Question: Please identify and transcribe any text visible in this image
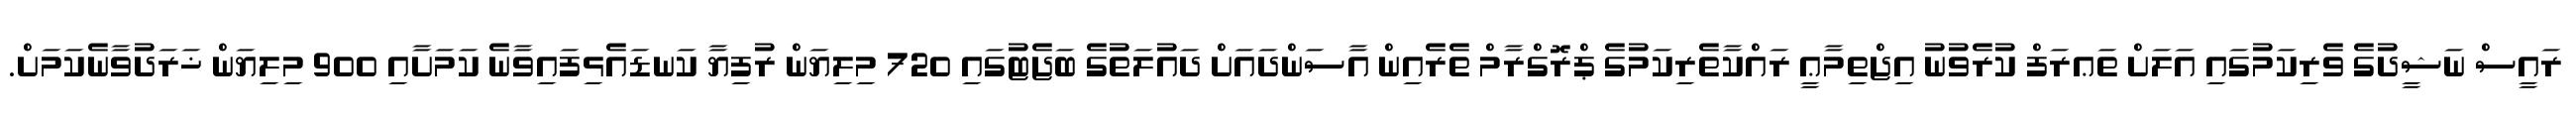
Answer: ރައީސް ނަޝީދުގެ ވެރިކަމުގައި އަލަށް ތަޢރަފް ކުރެވުނު އިޖްތިމާޢީ ރައްކާތެރިކަމުގެ ޕްރޮގްރާމް ތެރެއިން އާސަންދައަށް ދައުލަތުގެ ބަޖެޓުގައި 720 މިލިޔަން ރުފިޔާ ކަނޑައެޅިފައިވާނެ ކަމަށާއި 900 މިލިޔަން ޚަރަދުވާނެކަމަށް.